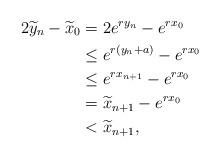
LaTeX: \begin{align*} 2\widetilde y_n - \widetilde x_0 & = 2e^{ry_n} - e^{rx_0} \\ & \leq e^{r(y_n+a)} - e^{rx_0} \\ & \leq e^{rx_{n+1}} -e^{rx_0} \\ & =\widetilde x_{n+1} - e^{rx_0} \\ & < \widetilde{x}_{n+1},\end{align*}